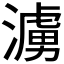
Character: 𪷓